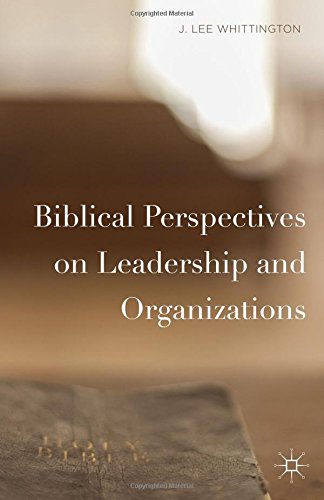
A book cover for Biblical Perspectives on Leadership and Organizations; J. Lee Whittington; Business & Money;